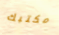
مكتبك